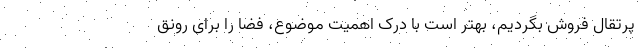
پرتقال فروش بگردیم، بهتر است با درک اهمیت موضوع، فضا را برای رونق